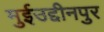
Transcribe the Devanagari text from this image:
मुईउद्दीनपुर